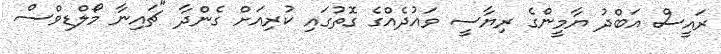
ރައީސް އަބްދު ޔާމީންގެ ރިޔާސީ ވައުދެއްގެ ގޮތުގައި ކުރިއަށް ގެންދާ "ޗައިނާ މޯލްޑިވްސް